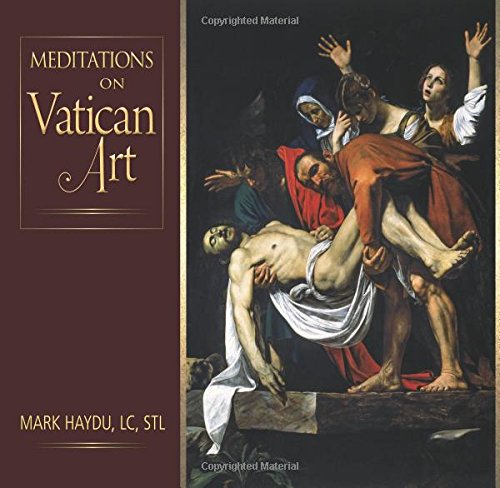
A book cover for Meditations on Vatican Art; Mark Haydu LC  STL; Arts & Photography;